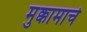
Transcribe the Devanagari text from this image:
मुक्कामाचे